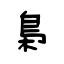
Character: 梟